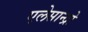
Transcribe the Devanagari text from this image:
एलेसान्द्रो